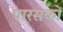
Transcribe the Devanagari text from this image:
पारसेकों